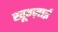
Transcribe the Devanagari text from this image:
खूग्ज़ाई